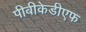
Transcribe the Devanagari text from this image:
पीबीकेडीएफ